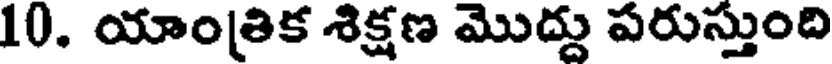
10. యాంత్రిక శిక్షణ మొద్దు పరుస్తుంది